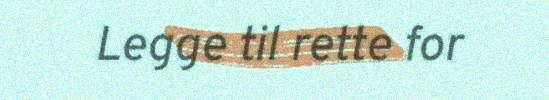
Legge til rette for